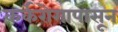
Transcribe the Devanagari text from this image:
कर्करोगापासून